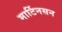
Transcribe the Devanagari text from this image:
मार्टिनसन